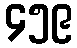
၄၅၉